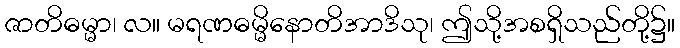
ဇာတိဓမ္မာ၊ လ။ မရဏဓမ္မိနောတိအာဒိသု၊ ဤသို့အစရှိသည်တို့၌။